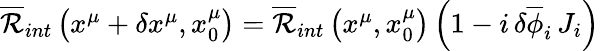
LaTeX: \begin{array}{r}{\overline{{\mathcal{R}}}_{int}\left(x^{\mu}+\delta x^{\mu},x_{0}^{\mu}\right)=\overline{{\mathcal{R}}}_{int}\left(x^{\mu},x_{0}^{\mu}\right)\left(1-i\, \delta\overline{{\phi}}_{i}\, J_{i}\right)}\end{array}